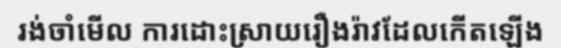
រង់ចាំមើល ការដោះស្រាយរឿងរ៉ាវដែលកើតឡើង